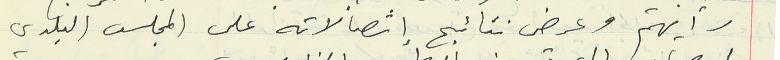
رأيهم وعرض نتائج إتصالاته على المجلس البلدي